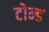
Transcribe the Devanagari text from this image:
टोन्ड